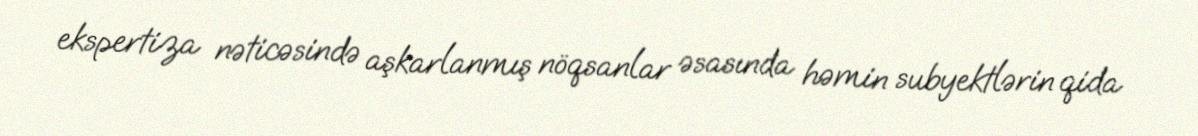
ekspertiza nəticəsində aşkarlanmış nöqsanlar əsasında həmin subyektlərin qida